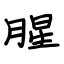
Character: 腥